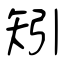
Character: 矧